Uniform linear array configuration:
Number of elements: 16
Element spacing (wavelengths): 0.75
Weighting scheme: hamming
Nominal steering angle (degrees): -15
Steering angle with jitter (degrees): -16.499
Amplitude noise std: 0.05
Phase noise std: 0.05

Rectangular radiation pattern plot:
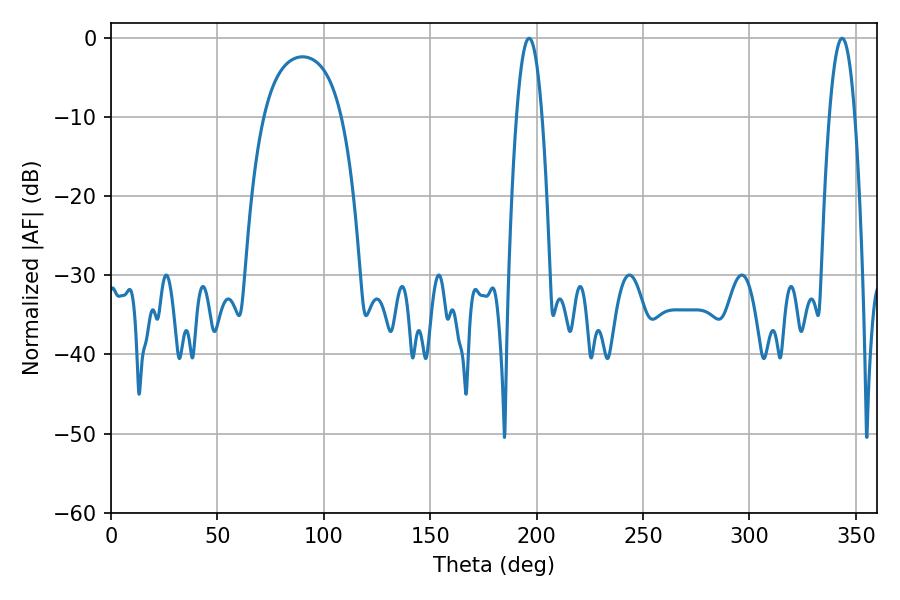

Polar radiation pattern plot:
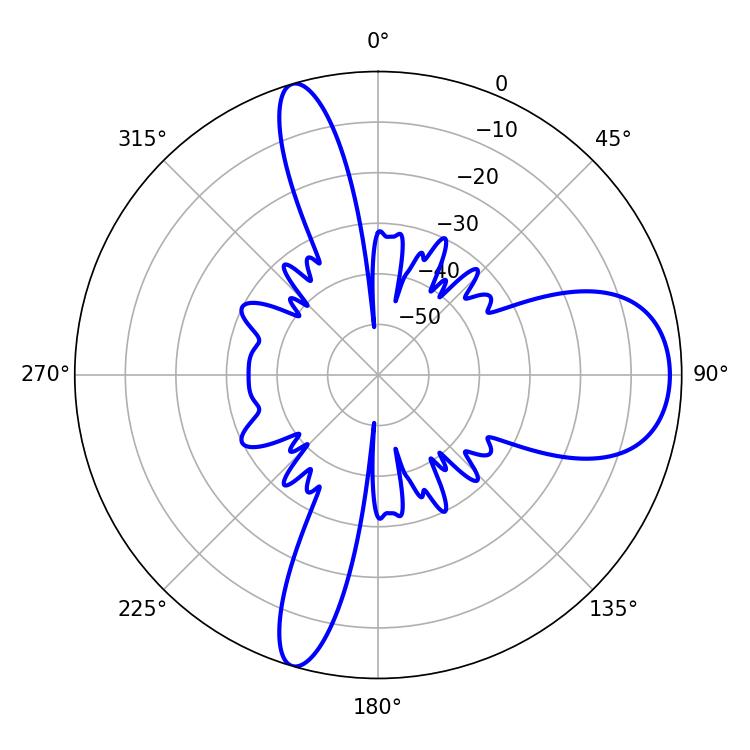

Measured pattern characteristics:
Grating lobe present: TRUE
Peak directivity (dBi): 10.325
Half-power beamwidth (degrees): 6.66
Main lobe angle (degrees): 196.38